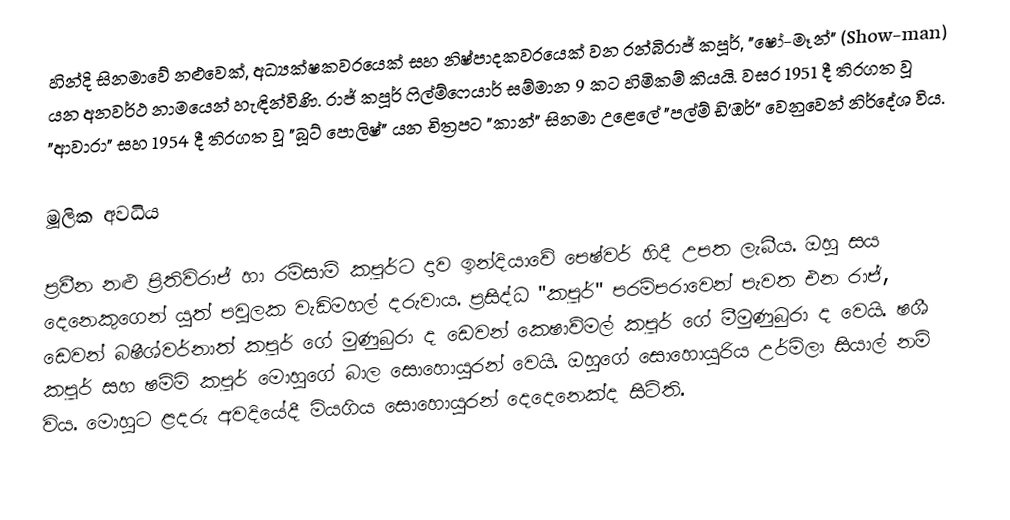
හින්දි සිනමාවේ නළුවෙක්, අධ්‍යක්ෂකවරයෙක්  සහ නිෂ්පාදකවරයෙක් වන රන්බිරාජ් කපූර්, "ෂෝ-මෑන්" (Show-man) යන අනවර්ථ නාමයෙන් හැඳින්විණි. රාජ් කපූර් ෆිල්ම්ෆෙයාර් සම්මාන 9 කට හිමිකම් කියයි. වසර 1951 දී තිරගත වූ "ආවාරා"  සහ 1954 දී තිරගත වූ "බූට් පොලිෂ්" යන චිත්‍රපට "කාන්" සිනමා උළෙලේ "පල්ම් ඩි'ඔර්" වෙනුවෙන් නිර්දේශ විය.

මූලික අවධිය

ප්‍රවීන නළු ප්‍රිතිවිරාජ් හා රම්සාම් කපූර්ට දාව ඉන්දියාවේ පෙෂ්වර් හිදී උපත ලැබීය. ඔහු සය දෙනෙකුගෙන් යුත් පවුලක වැඩිමහල් දරුවාය. ප්‍රසිද්ධ "කපූර්" පරම්පරාවෙන් පැවත එන රාජ්, ඩෙවන් බෂීශ්වර්නාත් කපූර් ගේ මුණුබුරා ද ඩෙවන් කෙෂාව්මල් කපූර් ගේ මීමුණුබුරා ද වෙයි. ෂශී කපූර් සහ ෂම්මි කපූර් මොහුගේ බාල සොහොයුරන් වෙයි. ඔහුගේ සොහොයුරිය උර්මිලා සියාල් නම් විය. මොහුට ළදරු අවදියේදී මියගිය සොහොයුරන් දෙදෙනෙක්ද සිටිති.